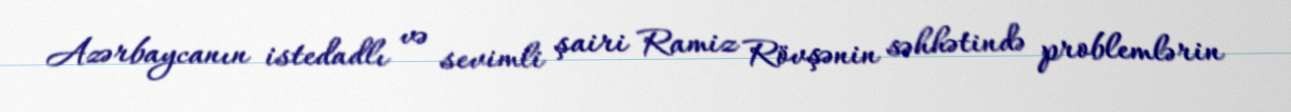
Azərbaycanın istedadlı və sevimli şairi Ramiz Rövşənin səhhətində problemlərin